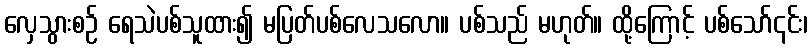
လှေသွားစဉ် ရေသဲပစ်သူထား၍ မပြတ်ပစ်လေသလော။ ပစ်သည် မဟုတ်။ ထို့ကြောင့် ပစ်သော်၎င်း၊